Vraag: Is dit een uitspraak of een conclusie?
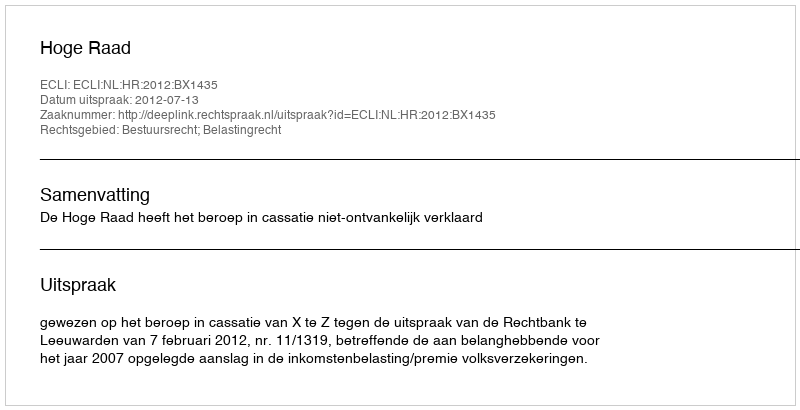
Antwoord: Uitspraak